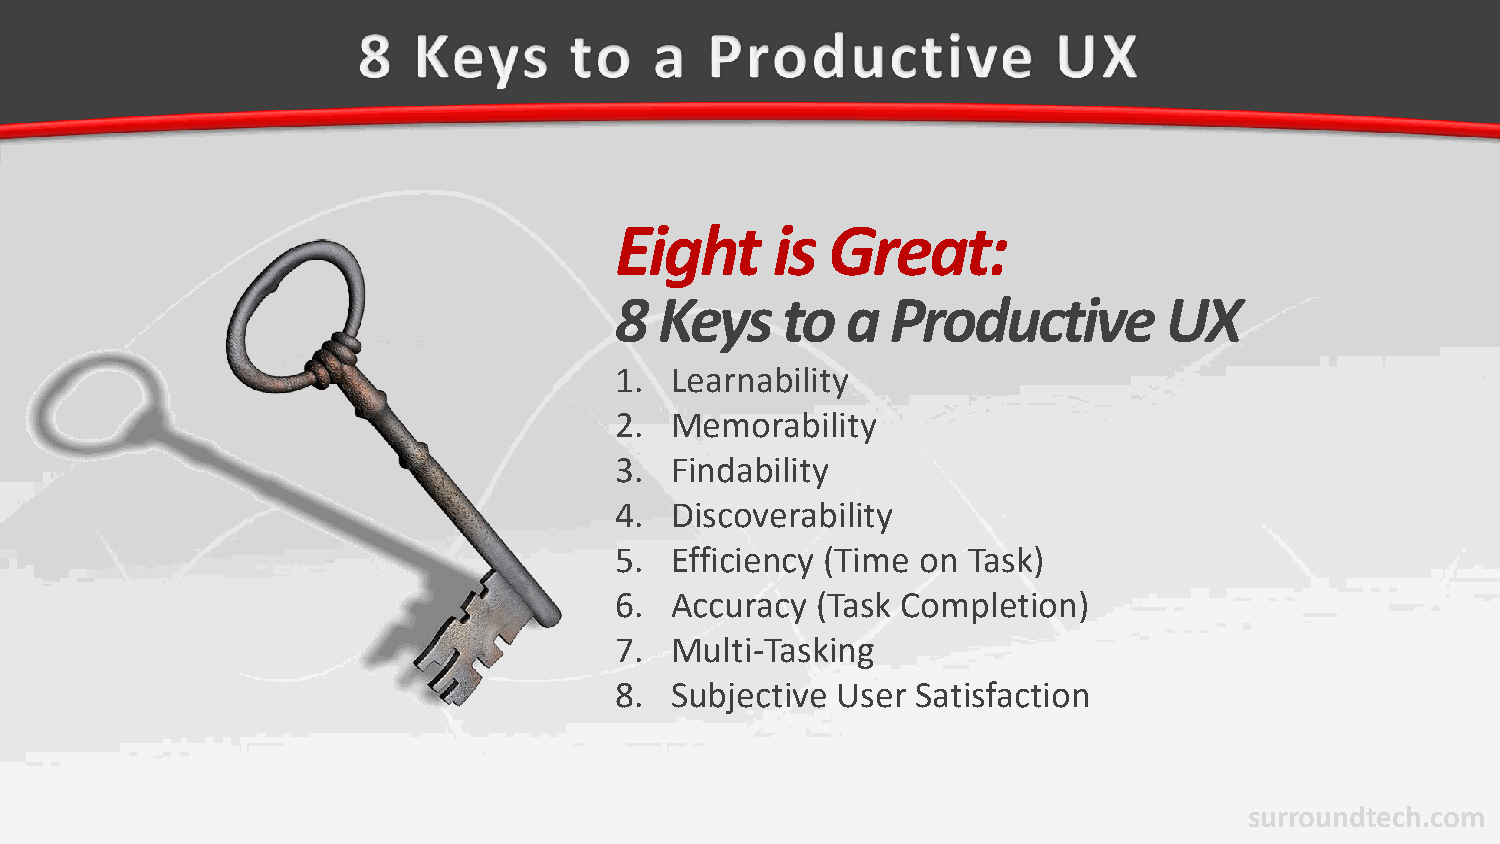
Eight     is  Great:
 8  Keys    to  a  Productive        UX
 1. Learnability
 2. Memorability
 3. Findability
 4. Discoverability
 5. Efficiency (Time on Task)
 6. Accuracy  (Task Completion)
 7. Multi-Tasking
 8. Subjective User  Satisfaction
 surroundtech.com